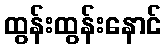
ထွန်းထွန်းနောင်